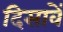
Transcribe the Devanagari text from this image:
दिसावें